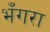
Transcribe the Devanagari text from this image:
भँगरा